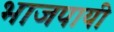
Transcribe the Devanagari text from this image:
भाजपायी